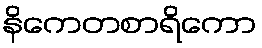
နိကေတစာရိကော